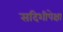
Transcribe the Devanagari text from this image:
सदिशीपेक्षा